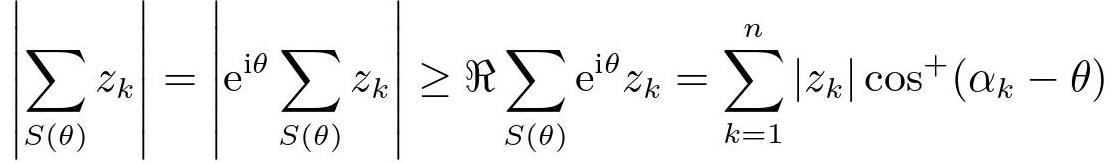
$\left|\sum_{S(\theta)} z_{k}\right|=\left|\mathrm{e}^{\mathrm{i} \theta} \sum_{S(\theta)} z_{k}\right| \geq \Re \sum_{S(\theta)} \mathrm{e}^{\mathrm{i} \theta} z_{k}=\sum_{k=1}^{n}\left|z_{k}\right| \cos ^{+}\left(\alpha_{k}-\theta\right)$